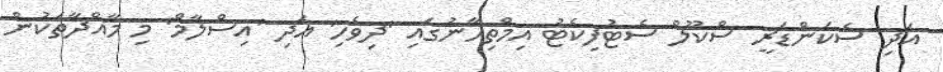
އަދި ސެކަންޑަރީ ސްކޫލް ސެޓުފިކެޓު އިމްތިޙާނުގައި 'ދިވެހި' އަދި 'އިސްލާމް' މި މާއްދާތަކުން